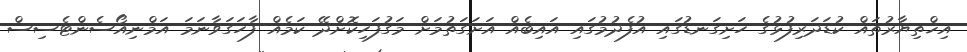
އިޚްތިޔާރުތައް ކުޑަދަރިފުޅުގެ ހަށިގަނޑުގައި އުފެދުމުގައި އައިބެއް އަށަގަތުމަށް މަގުފަހިކޮށްދޭ ކަމެއް ފާހަގަވާނަމަ އަމްނިއޯސެންޓެސިސް